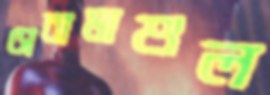
সেবামাশুল